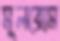
মূলরোম